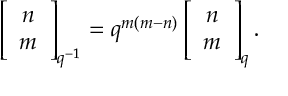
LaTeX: \left[ \begin{array} { c } { { n } } \\ { { m } } \end{array} \right] _ { q ^ { - 1 } } = q ^ { m ( m - n ) } \left[ \begin{array} { c } { { n } } \\ { { m } } \end{array} \right] _ { q } .